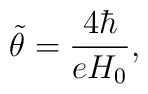
{\tilde \theta} = \frac{4\hbar}{e H_0} ,